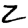
Digit: 2